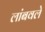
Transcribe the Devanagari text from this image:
लांबवले